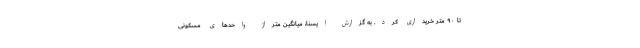
تا ۹۰ متر خریداری کرد. به گزارش ایسنا، میانگین متراژ واحدهای مسکونی